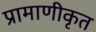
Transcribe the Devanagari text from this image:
प्रामाणीकृत